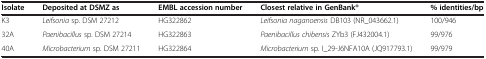
<table><thead><tr><td><b>Isolate</b></td><td><b>Deposited at DSMZ as</b></td><td><b>EMBL accession number</b></td><td><b>Closest relative in GenBank®</b></td><td><b>% identities/bp</b></td></tr></thead><tbody><tr><td>K3</td><td><i>Leifsonia</i> sp. DSM 27212</td><td>HG322862</td><td><i>Leifsonia naganoensis</i> DB103 (NR_043662.1)</td><td>100/946</td></tr><tr><td>32A</td><td><i>Paenibacillus</i> sp. DSM 27214</td><td>HG322863</td><td><i>Paenibacillus chibensis</i> ZYb3 (FJ432004.1)</td><td>99/976</td></tr><tr><td>40A</td><td><i>Microbacterium</i> sp. DSM 27211</td><td>HG322864</td><td><i>Microbacterium</i> sp. I_29-J6NFA10A (JQ917793.1)</td><td>99/979</td></tr></tbody></table>